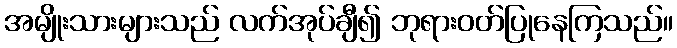
အမျိုးသားများသည် လက်အုပ်ချီ၍ ဘုရားဝတ်ပြုနေကြသည်။